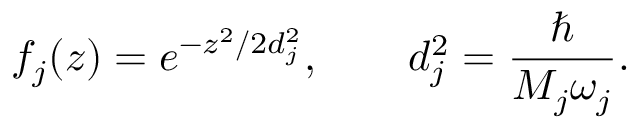
f _ { j } ( z ) = e ^ { - z ^ { 2 } / 2 d _ { j } ^ { 2 } } , \qquad d _ { j } ^ { 2 } = \frac { \hbar } { M _ { j } \omega _ { j } } .